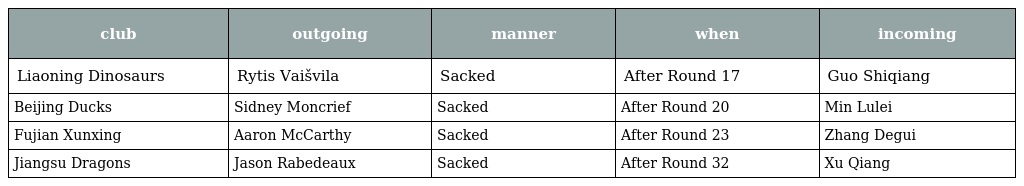
| club | outgoing | manner | when | incoming |
 | --- | --- | --- | --- | --- |
 | Liaoning Dinosaurs | Rytis Vaišvila | Sacked | After Round 17 | Guo Shiqiang |
 | Beijing Ducks | Sidney Moncrief | Sacked | After Round 20 | Min Lulei |
 | Fujian Xunxing | Aaron McCarthy | Sacked | After Round 23 | Zhang Degui |
 | Jiangsu Dragons | Jason Rabedeaux | Sacked | After Round 32 | Xu Qiang |